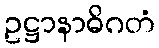
ဥဋ္ဌာနာဓိဂတံ